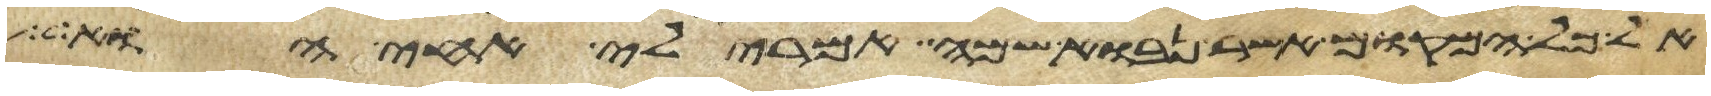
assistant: אל כל המקום אשר נבוא שמה אמרי לי אחי הוא